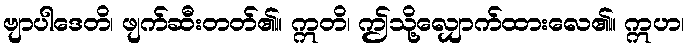
ဗျာပါဒေတိ၊ ဖျက်ဆီးတတ်၏။ ဣတိ၊ ဤသို့လျှောက်ထားလေ၏။ ဣဟ၊